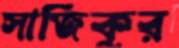
সাজিকুর